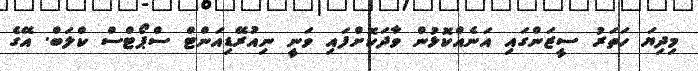
މިދިޔަ ހަތަރު ސީޒަންގައި އަނެއްކޮޅުން ވާދަކޮށްފައި ވަނީ ނިއުރޭޑިއަންޓް ސްޕޯޓްސް ކްލަބް. އޭގެ